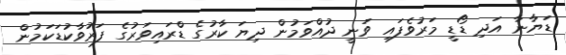
ޑަޔާނާ އަދި ޑޯޑީ މަރުވެފައި ވަނީ ދުއްވަމުން ދިޔަ ކާރުގެ ޑްރައިވަރުގެ ފަރުވާކުޑަކަމުން